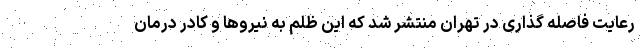
رعایت فاصله گذاری در تهران منتشر شد که این ظلم به نیروها و کادر درمان